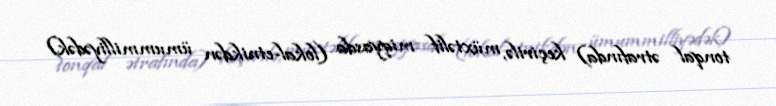
tonqal ətrafında) keçirilə, müxtəlif miqyasda (lokal-etnikdən ümummilliyədək)